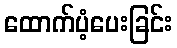
ထောက်ပံ့ပေးခြင်း